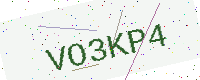
Text: VO3KP4